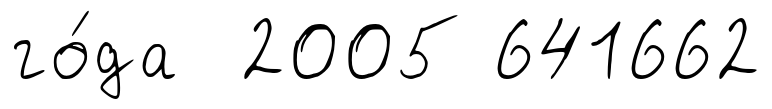
го́да 2005 641662